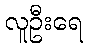
လူဦးရေ